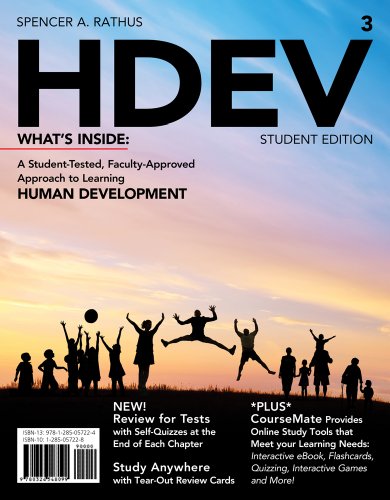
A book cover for HDEV 3 (with CourseMate Printed Access Card) (New, Engaging Titles from 4LTR Press); Spencer A. Rathus; Health, Fitness & Dieting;